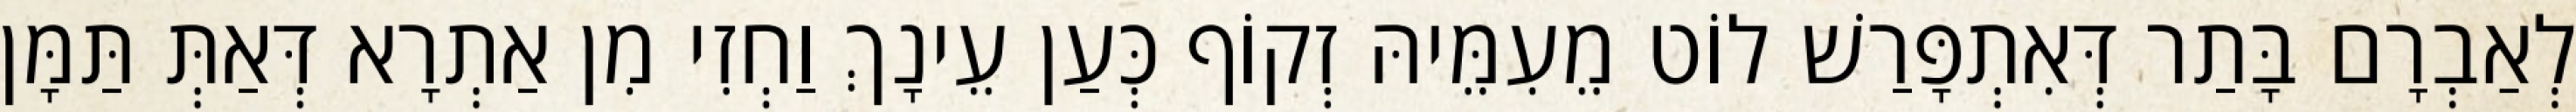
לְאַבְרָם בָּתַר דְּאִתְפָּרַשׁ לוֹט מֵעִמֵּיהּ זְקוֹף כְּעַן עֵינָךְ וַחְזִי מִן אַתְרָא דְּאַתְּ תַּמָּן